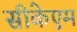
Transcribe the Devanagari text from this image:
सीकेएम